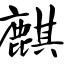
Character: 麒